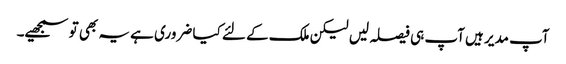
آپ مدیر ہیں آپ ہی فیصلہ لیں لیکن ملک کے لئے کیا ضروری ہے یہ بھی تو سمجھیے۔